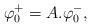
LaTeX: \begin{align*}\varphi_{0}^{+}=A.\varphi_{0}^{-},\end{align*}